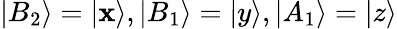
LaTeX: |B_{2}\rangle=|\mathbf{x}\rangle,|B_{1}\rangle=|y\rangle,|A_{1}\rangle=|z\rangle